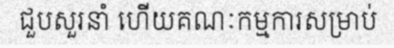
ជួបសួរនាំ ហើយគណៈកម្មការសម្រាប់